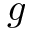
g